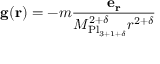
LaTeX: \mathbf { g } ( \mathbf { r } ) = - m { \frac { \mathbf { e _ { r } } } { M _ { \mathrm { P l } _ { 3 + 1 + \delta } } ^ { 2 + \delta } r ^ { 2 + \delta } } }